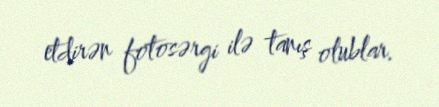
etdirən fotosərgi ilə tanış olublar.